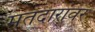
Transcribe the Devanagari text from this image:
मतदारांवर